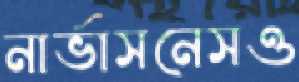
নার্ভাসনেসও